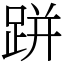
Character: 跰